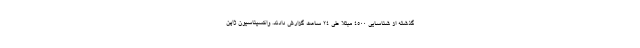
گذشته از شناسایی 4500 مبتلا طی 24 ساعت گزارش دادند. واکسیناسیون ژاپن